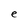
Character: e